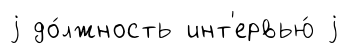
j до́лжность инт'ервью́ j